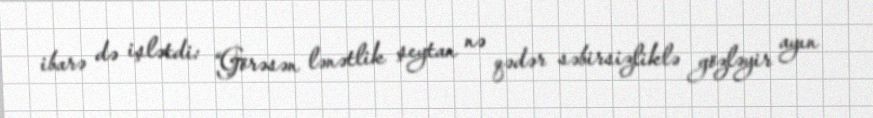
ibarə də işlətdi: “Görəsən lənətlik şeytan nə qədər səbirsizliklə gözləyir ayın